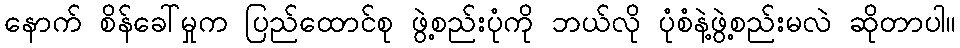
နောက် စိန်ခေါ်မှုက ပြည်ထောင်စု ဖွဲ့စည်းပုံကို ဘယ်လို ပုံစံနဲ့ဖွဲ့စည်းမလဲ ဆိုတာပါ။